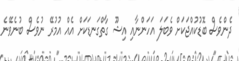
ދެންވެސް ބޮޑުކުއްޖަކަށް ވެބަލަ އަހަންނާއި އިޝޫ ގާތްގަނޑަކަށް އެއް އުމުރޭ ނުވެސް ބުނެވޭނެ